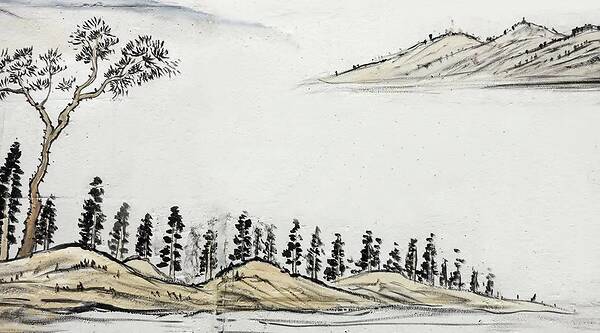
升沉应已定，不必问君平。